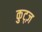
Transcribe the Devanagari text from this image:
कुट्ज़